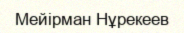
Мейірман Нұрекеев